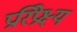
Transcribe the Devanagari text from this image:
प्ररिप्रेक्ष्य